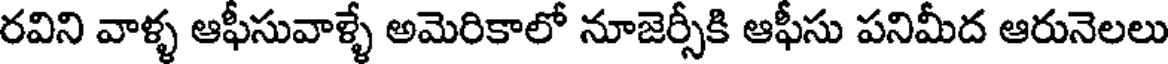
రవిని వాళ్ళ ఆఫీసువాళ్ళే అమెరికాలో నూజెర్సీకి ఆఫీసు పనిమీద ఆరునెలలు